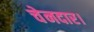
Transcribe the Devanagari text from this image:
चेनदार।